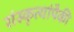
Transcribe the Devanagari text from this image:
संस्कृत्यांपैकी